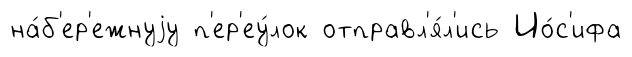
на́б'ер'ежнуjу п'ер'еу́лок отправл'я́л'ись Ио́с'ифа